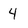
Character: 4